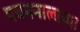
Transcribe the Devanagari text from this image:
पचननालाच्या